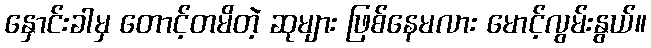
နှောင်းခါမှ တောင့်တမိတဲ့ ဆုများ ဖြစ်နေမလား မောင့်လွမ်းနွယ်။